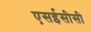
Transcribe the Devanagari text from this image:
एसईसीसी